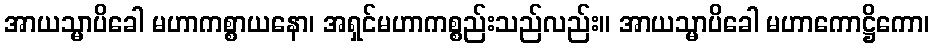
အာယသ္မာပိခေါ မဟာကစ္စာယနော၊ အရှင်မဟာကစ္စည်းသည်လည်း။ အာယသ္မာပိခေါ မဟာကောဋ္ဌိကော၊